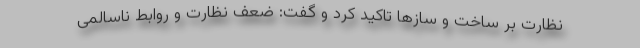
نظارت‌ بر ساخت و سازها تاکید کرد و گفت: ضعف نظارت و روابط ناسالمی